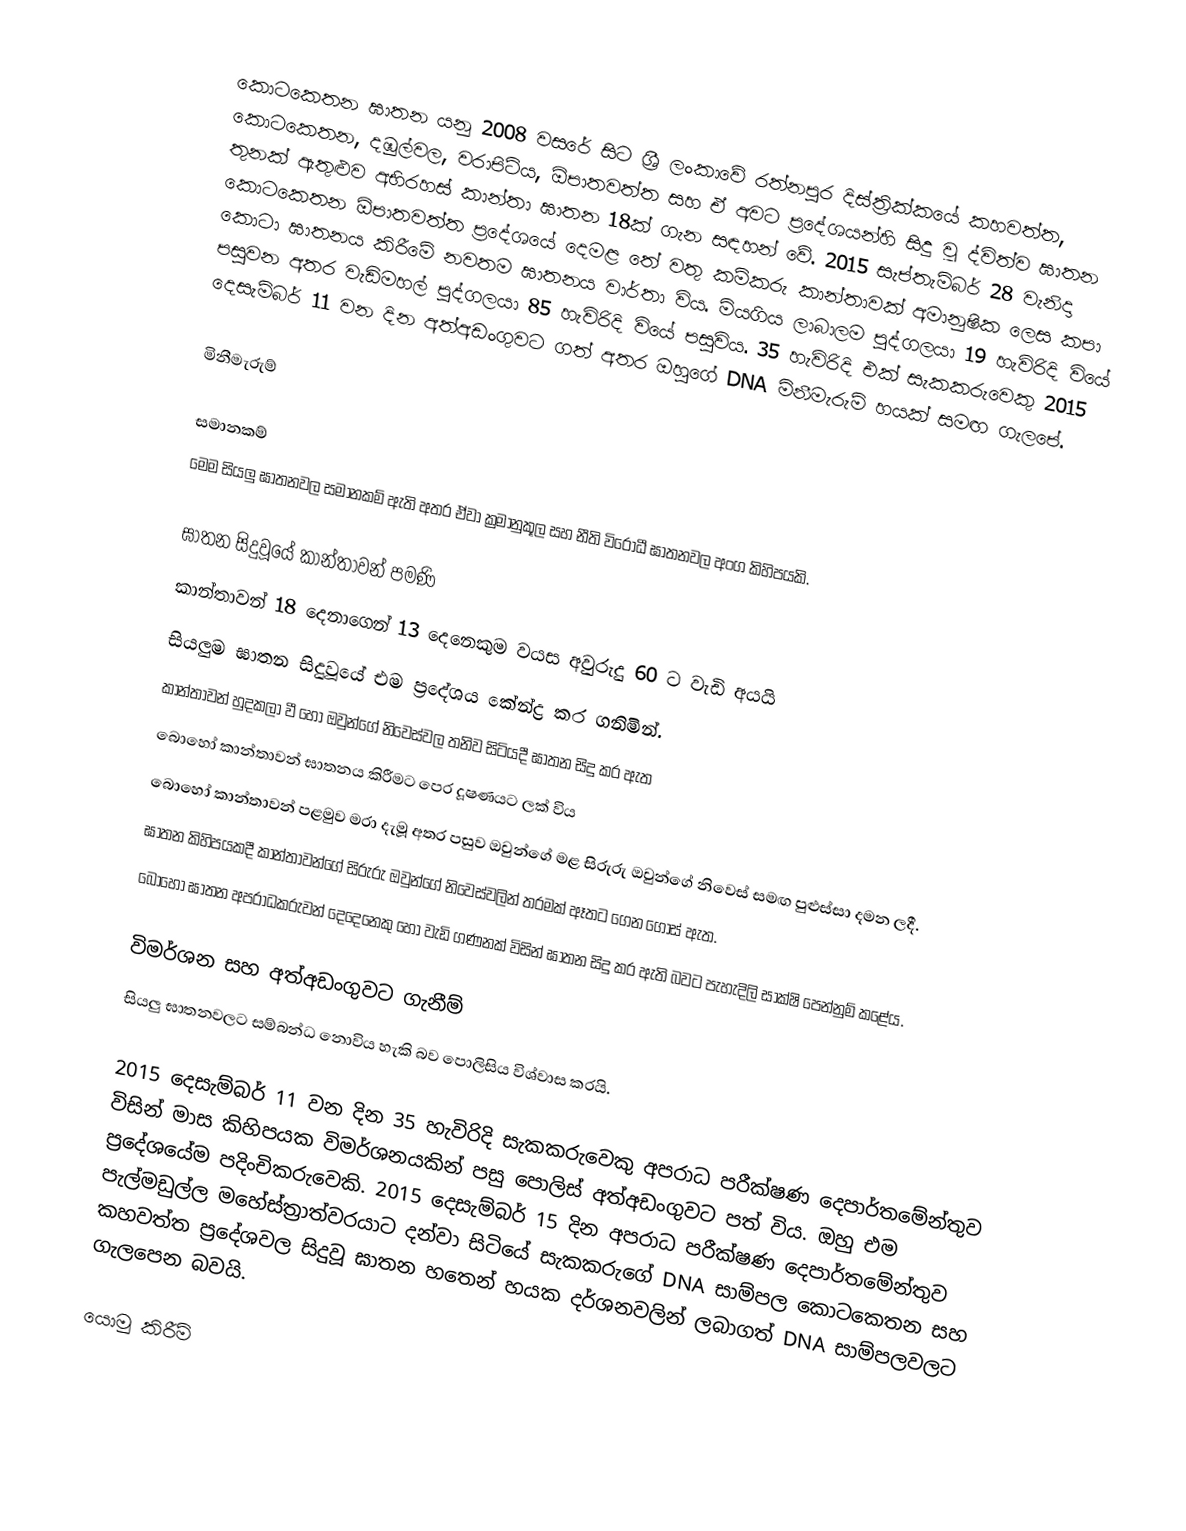
කොටකෙතන ඝාතන යනු 2008 වසරේ සිට ශ්‍රී ලංකාවේ රත්නපුර දිස්ත්‍රික්කයේ කහවත්ත, කොටකෙතන, දඹුල්වල, වරාපිටිය, ඕපාතවත්ත සහ ඒ අවට ප්‍රදේශයන්හි සිදු වූ ද්විත්ව ඝාතන තුනක් ඇතුළුව අභිරහස් කාන්තා ඝාතන 18ක් ගැන සඳහන් වේ. 2015 සැප්තැම්බර් 28 වැනිදා කොටකෙතන ඕපාතවත්ත ප්‍රදේශයේ දෙමළ තේ වතු කම්කරු කාන්තාවක් අමානුෂික ලෙස කපා කොටා ඝාතනය කිරීමේ නවතම ඝාතනය වාර්තා විය. මියගිය ලාබාලම පුද්ගලයා 19 හැවිරිදි වියේ පසුවන අතර වැඩිමහල් පුද්ගලයා 85 හැවිරිදි වියේ පසුවිය. 35 හැවිරිදි එක් සැකකරුවෙකු 2015 දෙසැම්බර් 11 වන දින අත්අඩංගුවට ගත් අතර ඔහුගේ DNA මිනීමැරුම් හයක් සමඟ ගැලපේ.

මිනීමැරුම්

සමානකම්
මෙම සියලු ඝාතනවල සමානකම් ඇති අතර ඒවා ක්‍රමානුකූල සහ නීති විරෝධී ඝාතනවල අංග කිහිපයකි.

 ඝාතන සිදුවූයේ කාන්තාවන් පමණි
 කාන්තාවන් 18 දෙනාගෙන් 13 දෙනෙකුම වයස අවුරුදු 60 ට වැඩි අයයි
 සියලුම ඝාතන සිදුවූයේ එම ප්‍රදේශය කේන්ද්‍ර කර ගනිමින්.
 කාන්තාවන් හුදකලා වී හෝ ඔවුන්ගේ නිවෙස්වල තනිව සිටියදී ඝාතන සිදු කර ඇත
 බොහෝ කාන්තාවන් ඝාතනය කිරීමට පෙර දූෂණයට ලක් විය
 බොහෝ කාන්තාවන් පළමුව මරා දැමූ අතර පසුව ඔවුන්ගේ මළ සිරුරු ඔවුන්ගේ නිවෙස් සමඟ පුළුස්සා දමන ලදී.
 ඝාතන කිහිපයකදී කාන්තාවන්ගේ සිරුරු ඔවුන්ගේ නිවෙස්වලින් තරමක් ඈතට ගෙන ගොස් ඇත.
 බොහෝ ඝාතන අපරාධකරුවන් දෙදෙනෙකු හෝ වැඩි ගණනක් විසින් ඝාතන සිදු කර ඇති බවට පැහැදිලි සාක්ෂි පෙන්නුම් කළේය.

විමර්ශන සහ අත්අඩංගුවට ගැනීම්
සියලු ඝාතනවලට සම්බන්ධ නොවිය හැකි බව පොලිසිය විශ්වාස කරයි.

2015 දෙසැම්බර් 11 වන දින 35 හැවිරිදි සැකකරුවෙකු අපරාධ පරීක්ෂණ දෙපාර්තමේන්තුව විසින් මාස කිහිපයක විමර්ශනයකින් පසු පොලිස් අත්අඩංගුවට පත් විය. ඔහු එම ප්‍රදේශයේම පදිංචිකරුවෙකි. 2015 දෙසැම්බර් 15 දින අපරාධ පරීක්ෂණ දෙපාර්තමේන්තුව පැල්මඩුල්ල මහේස්ත්‍රාත්වරයාට දන්වා සිටියේ සැකකරුගේ DNA සාම්පල කොටකෙතන සහ කහවත්ත ප්‍රදේශවල සිදුවූ ඝාතන හතෙන් හයක දර්ශනවලින් ලබාගත් DNA සාම්පලවලට ගැලපෙන බවයි.

යොමු කිරීම්